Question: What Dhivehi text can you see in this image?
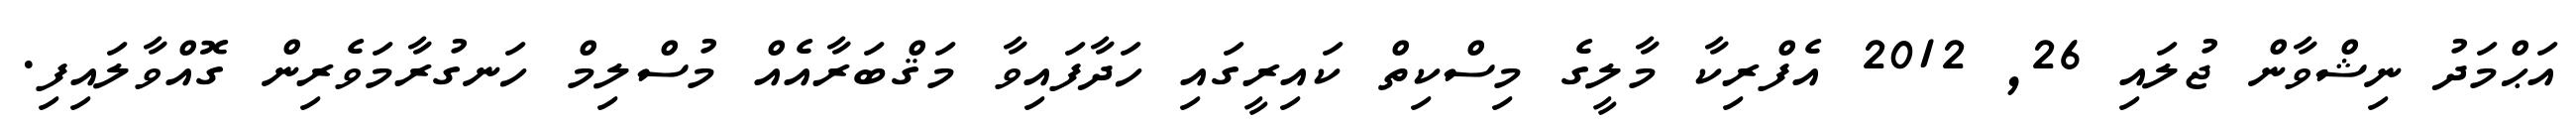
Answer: އަޙްމަދު ނިޝްވާން ޖުލައި 26, 2012 އެފްރިކާ މާލީގެ މިސްކިތް ކައިރީގައި ހަދާފައިވާ މަޤްބަރާއެއް މުސްލިމް ހަނގުރާމަވެރިން ގޮއްވާލައިފި.